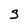
Character: 3